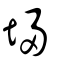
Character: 埽